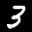
Label: 3